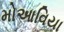
મોઆવિયા